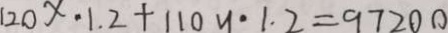
1 2 0 x - 1 . 2 + 1 1 0 y \cdot 1 . 2 = 9 7 2 0 0